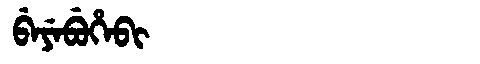
Manchu: ᠪᡝᠶᡝᠪᡠᡥᡝᠪᡳ
Romanization: BEYEBUHEBI